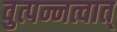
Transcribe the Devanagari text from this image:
वुत्पन्नत्वात्